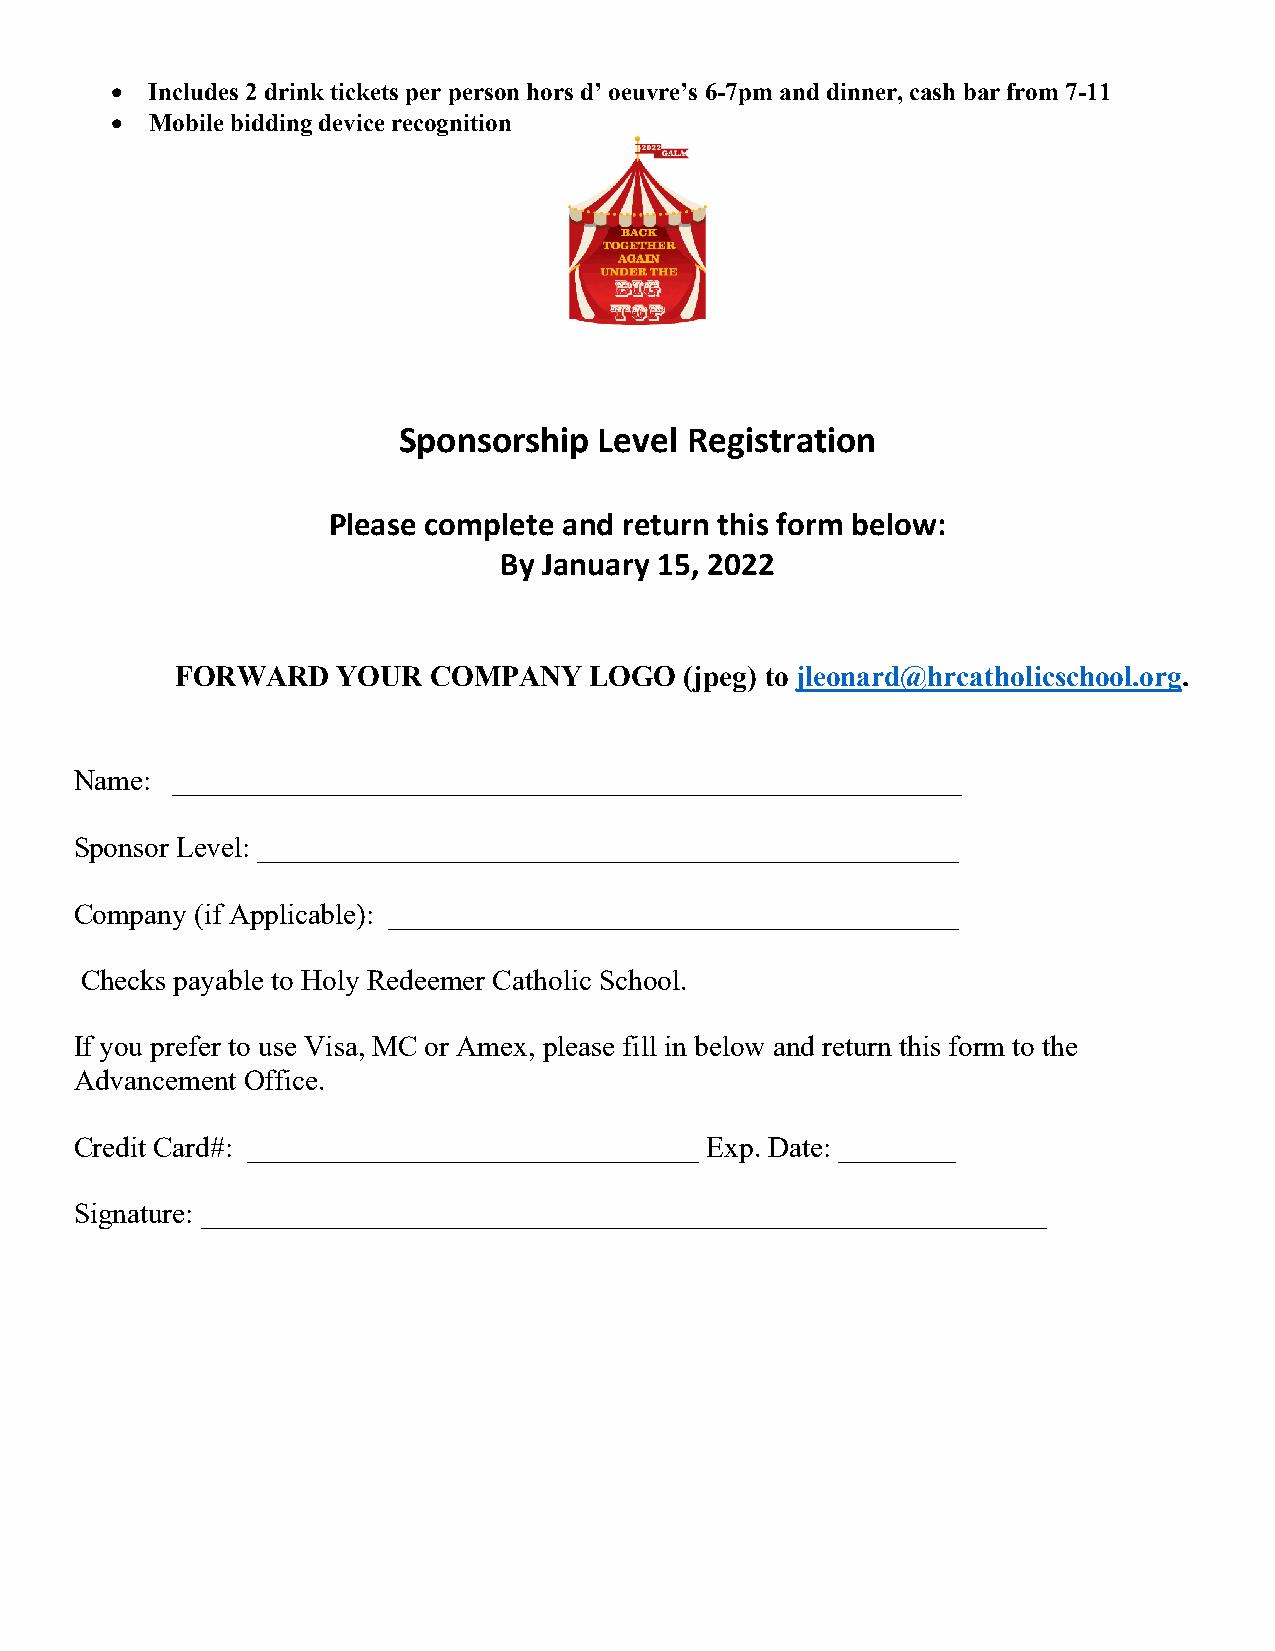
•  Includes 2 drink tickets per person hors d’ oeuvre’s 6-7pm and dinner, cash bar from 7-11
 •  Mobile bidding device recognition
 Sponsorship   Level Registration
 Please complete and return this form below:
 By January 15, 2022
 FORWARD   YOUR  COMPANY    LOGO  (jpeg) to jleonard@hrcatholicschool.org.
 Name: ______________________________________________________
 Sponsor Level: ________________________________________________
 Company (if Applicable): _______________________________________
 Checks payable to Holy Redeemer Catholic School.
 If you prefer to use Visa, MC or Amex, please fill in below and return this form to the
 Advancement Office.
 Credit Card#: _______________________________ Exp. Date: ________
 Signature: __________________________________________________________